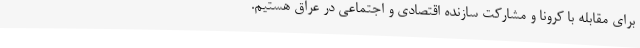
برای مقابله با کرونا و مشارکت سازنده اقتصادی و اجتماعی در عراق هستیم.